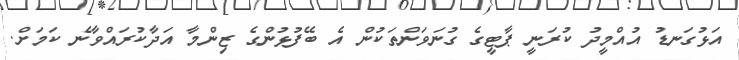
އަޅުގަނޑު އުއްމީދު ކުރަނީ ޕާޓީގެ ގުނަވަންތަކުން އެ ބޭފުޅުންގެ ޒިންމާ އަދާކުރައްވާނެ ކަމަށް.